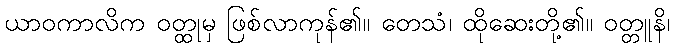
ယာဝကာလိက ဝတ္ထုမှ ဖြစ်လာကုန်၏။ တေသံ၊ ထိုဆေးတို့၏။ ဝတ္တူနိ၊